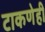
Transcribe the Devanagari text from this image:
टाकणेही